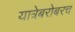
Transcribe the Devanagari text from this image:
यात्रेबरोबरच